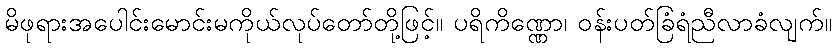
မိဖုရားအပေါင်းမောင်းမကိုယ်လုပ်တော်တို့ဖြင့်။ ပရိကိဏ္ဏော၊ ဝန်းပတ်ခြံရံညီလာခံလျက်။